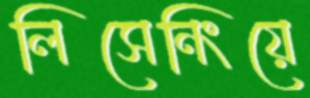
লিসেনিংয়ে